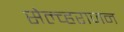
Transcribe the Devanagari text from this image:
सेल्व्हराजन